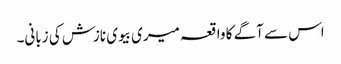
اس سے آگے کا واقعہ میری بیوی نازش کی زبانی۔